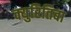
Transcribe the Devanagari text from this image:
क्युरितिबा